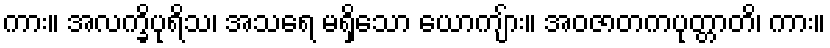
ကား။ အလက္ခိပုရိသ၊ အသရေ မရှိသော ယောကျ်ား။ အဝဇာတကပုတ္တာတိ၊ ကား။